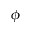
\phi